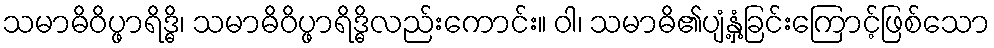
သမာဓိဝိပ္ဖာရိဒ္ဓိ၊ သမာဓိဝိပ္ဖာရိဒ္ဓိလည်းကောင်း။ ဝါ၊ သမာဓိ၏ပျံ့နှံ့ခြင်းကြောင့်ဖြစ်သော